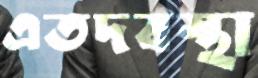
এতদবস্থা